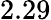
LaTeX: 2.29